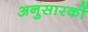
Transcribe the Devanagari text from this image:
अनुसारकों